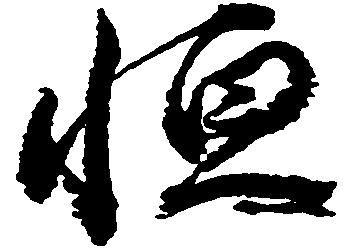
恒